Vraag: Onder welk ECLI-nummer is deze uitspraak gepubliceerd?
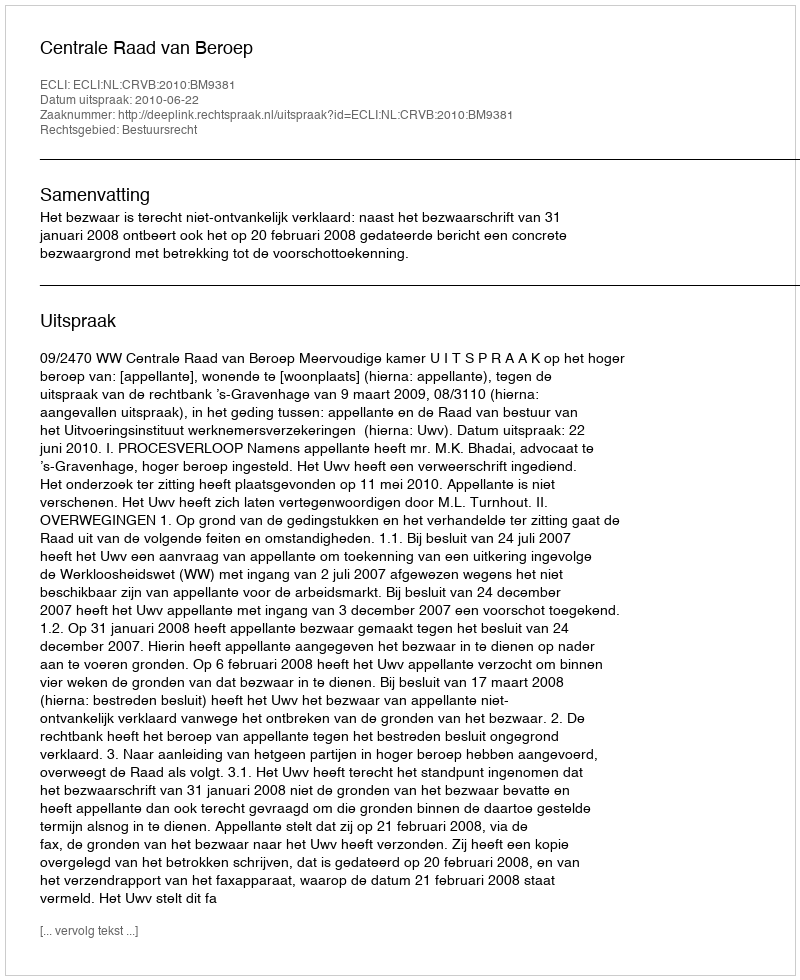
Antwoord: ECLI:NL:CRVB:2010:BM9381